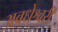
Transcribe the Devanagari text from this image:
अवधेश्वरी